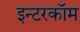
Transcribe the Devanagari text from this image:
इन्टरकॉम